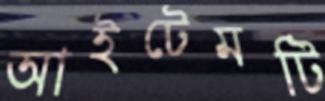
আইটেমটি